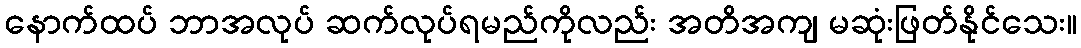
နောက်ထပ် ဘာအလုပ် ဆက်လုပ်ရမည်ကိုလည်း အတိအကျ မဆုံးဖြတ်နိုင်သေး။